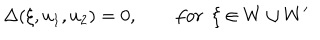
\Delta ( \xi , u _ { 1 } , u _ { 2 } ) = 0 , \qquad f o r ~ ~ \xi \in W \cup W ^ { \prime }